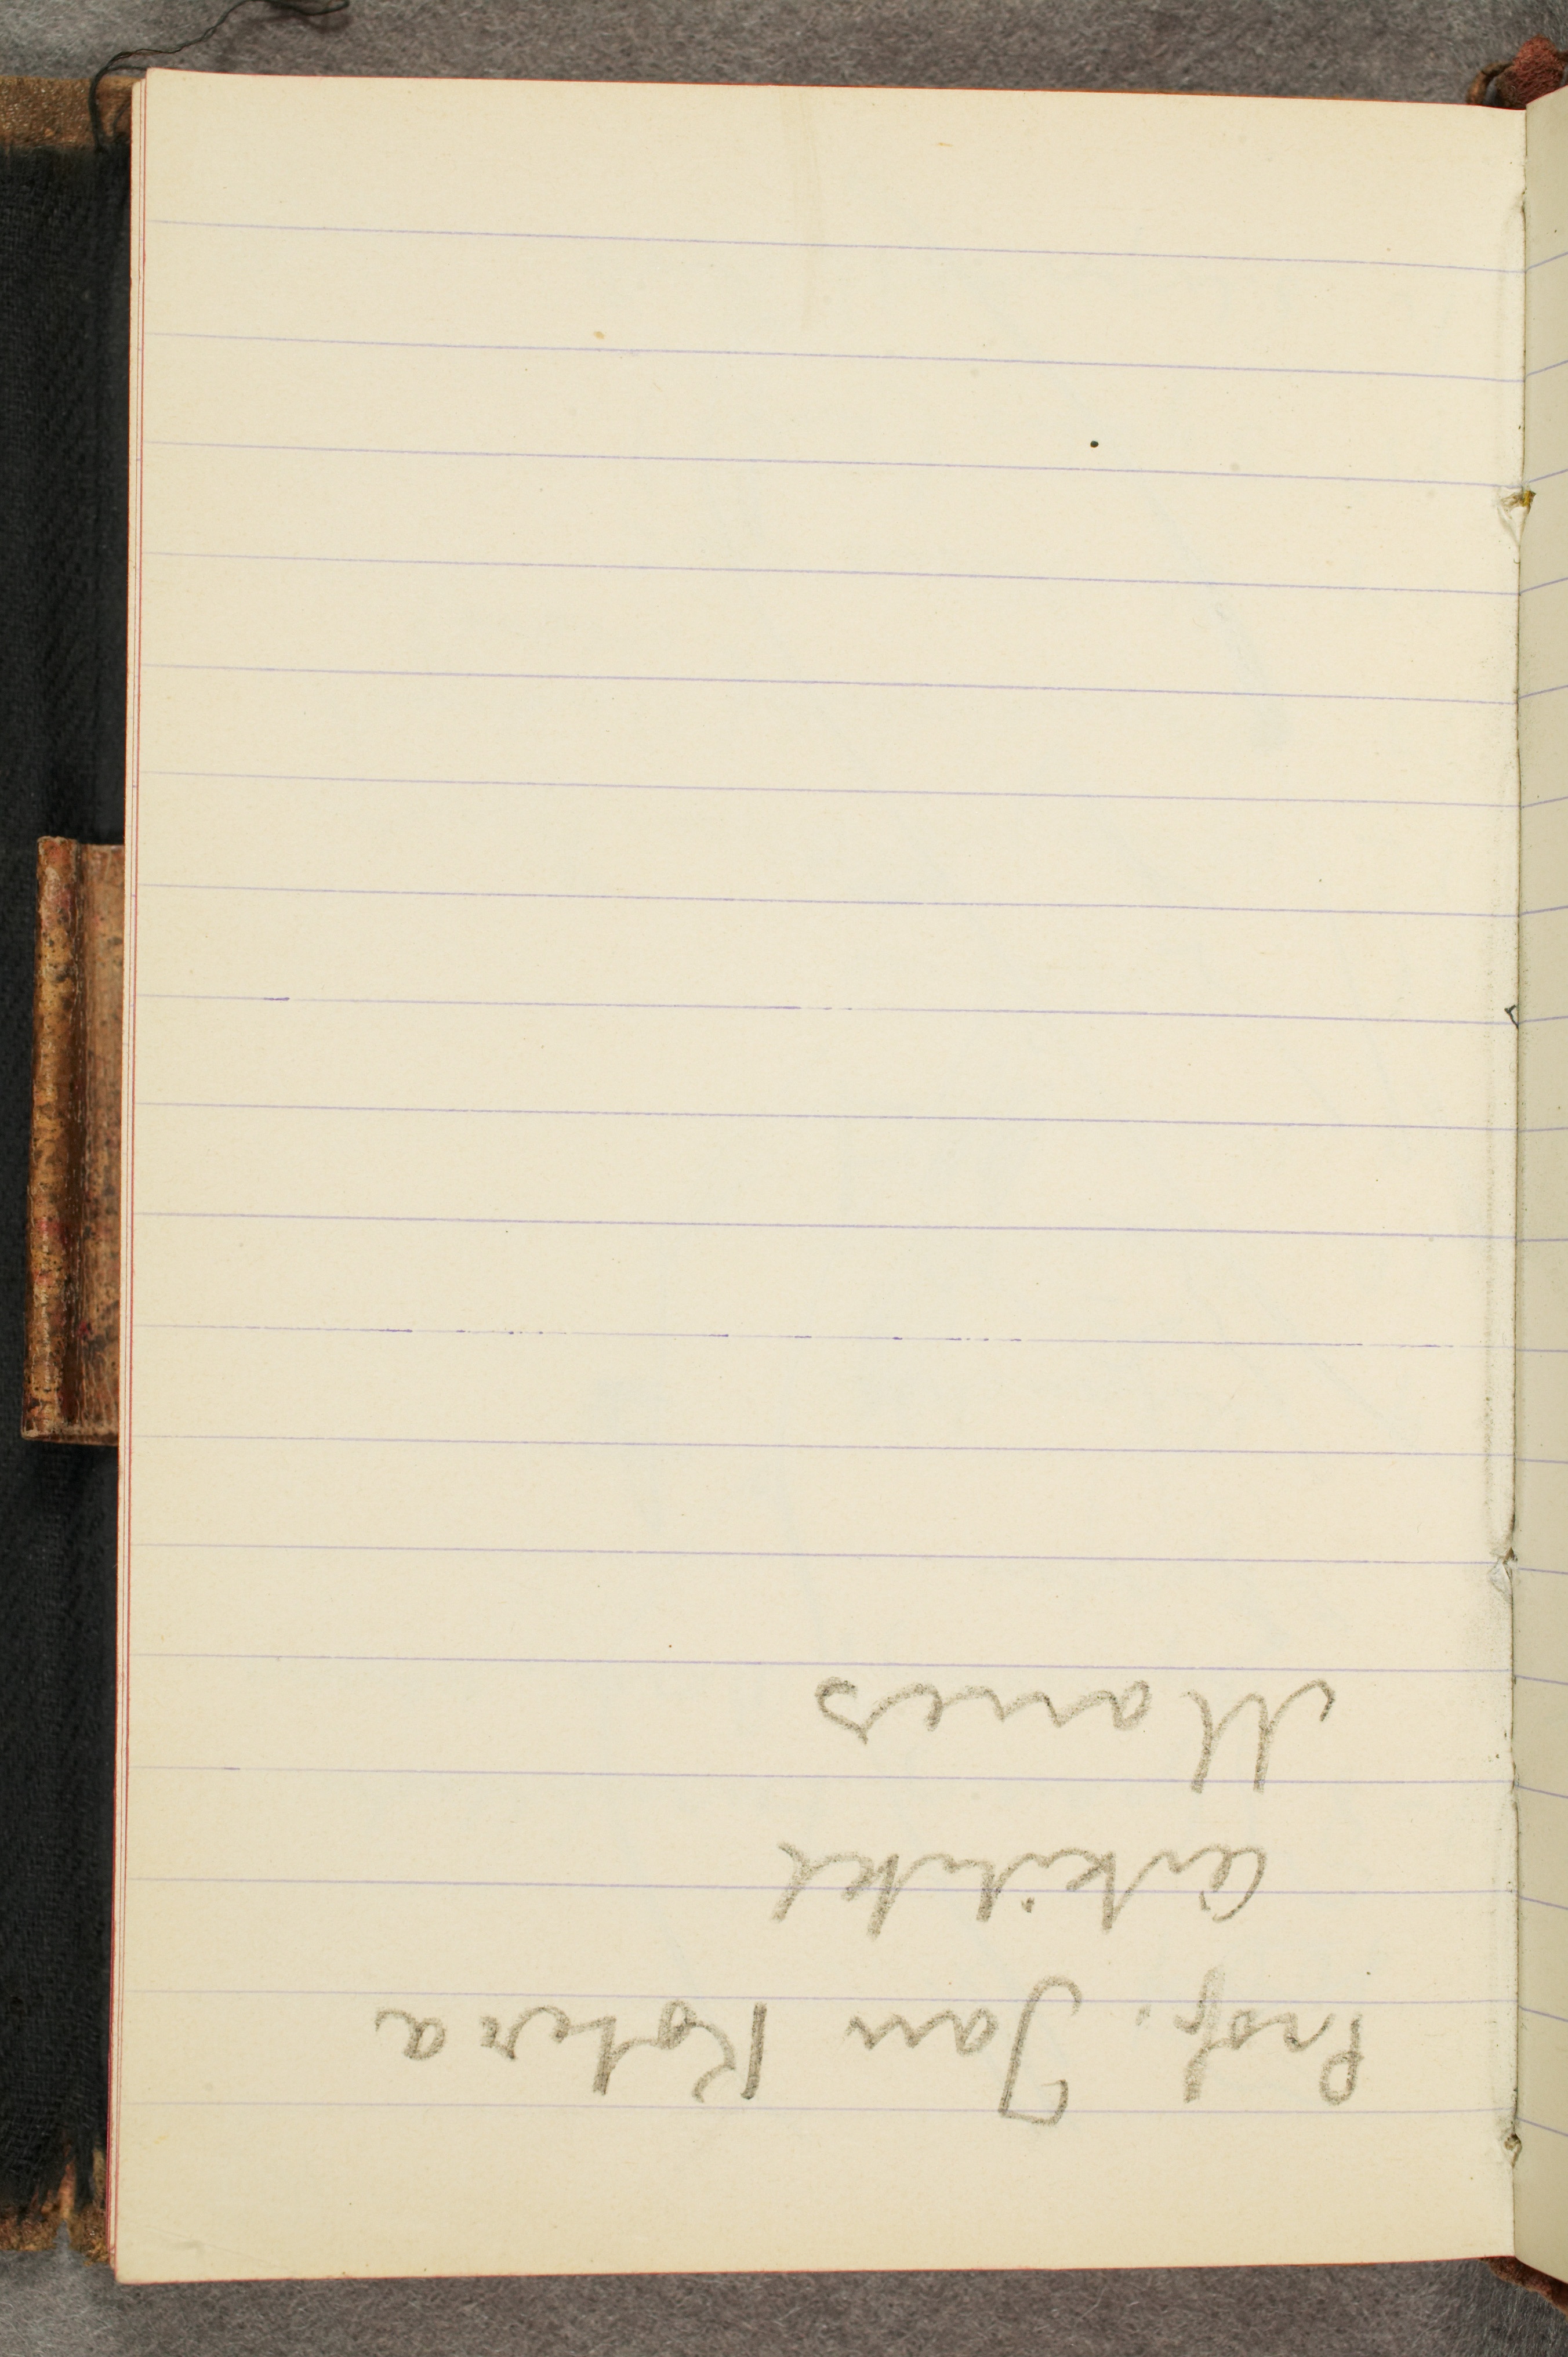
Prof. Jan Kotera
Arkitekt
Manes